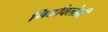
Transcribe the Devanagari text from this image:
निर्ढावलेली